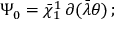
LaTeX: \Psi _ { 0 } = \bar { \chi } _ { 1 } ^ { 1 } \, \partial ( \bar { \lambda } \theta ) \, ;